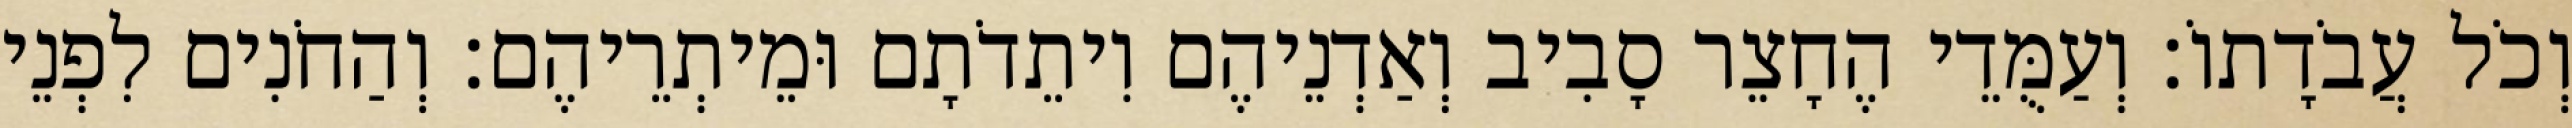
וְכֹל עֲבֹדָתוֹ׃ וְעַמֻּדֵי הֶחָצֵר סָבִיב וְאַדְנֵיהֶם וִיתֵדֹתָם וּמֵיתְרֵיהֶם׃ וְהַחֹנִים לִפְנֵי